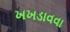
ખખડાવવા